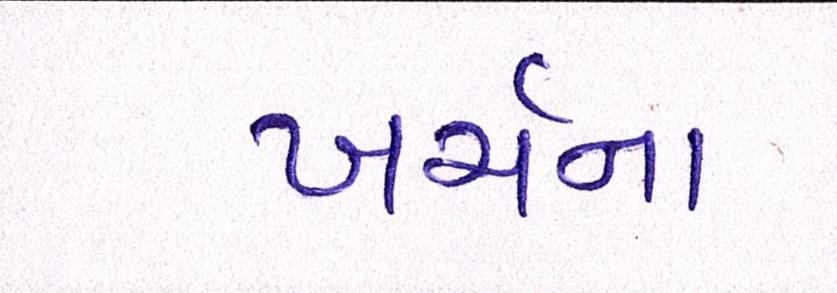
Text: ખર્ચના